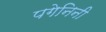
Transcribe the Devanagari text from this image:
पगेनिनी